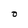
Character: 0